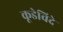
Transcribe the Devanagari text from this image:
कूडेविदे